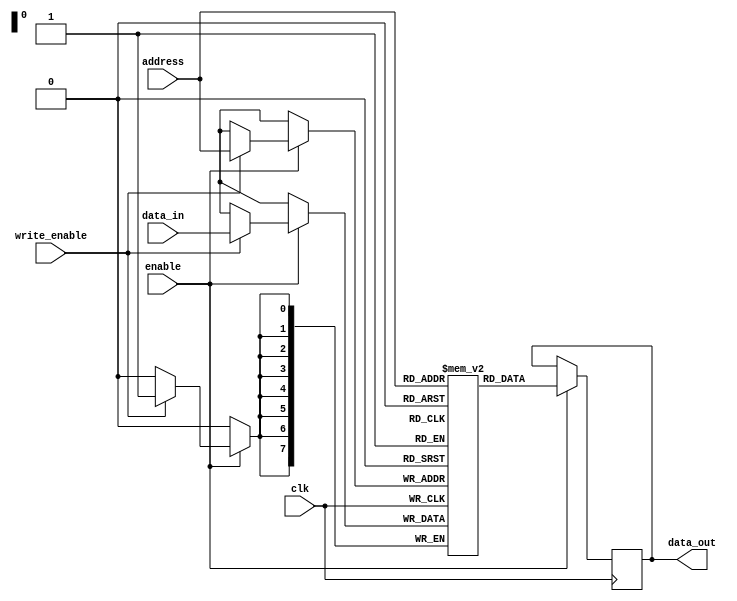
module sram (
    input wire clk,
    input wire enable,
    input wire write_enable,
    input wire [7:0] address,
    input wire [7:0] data_in,
    output reg [7:0] data_out
);

reg [7:0] memory [0:255];

always @(posedge clk) begin
    if(enable) begin
        if(write_enable) begin
            memory[address] <= data_in;
        end
        data_out <= memory[address];
    end
end

endmodule